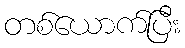
တစ်ယောက်ပြီး